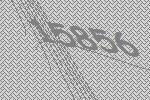
15856